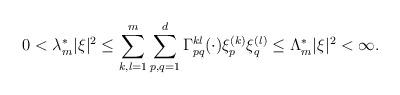
LaTeX: \begin{align*} 0 < \lambda_m^* |\xi|^2\leq \sum_{k,l=1}^m \sum_{p,q=1}^d \Gamma_{pq}^{kl}(\cdot) \xi_p^{(k)} \xi_q^{(l)} \leq \Lambda_m^*|\xi|^2 < \infty.\end{align*}